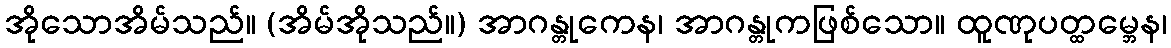
အိုသောအိမ်သည်။ (အိမ်အိုသည်။) အာဂန္တုကေန၊ အာဂန္တုကဖြစ်သော။ ထူဏုပတ္ထမ္ဘေန၊